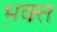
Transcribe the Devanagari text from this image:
भ़क्त